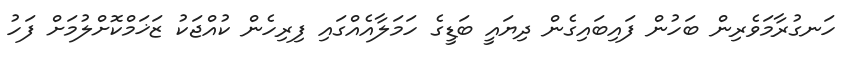
ހަނގުރާމަވެރިން ބަހުން ފައިބައިގެން ދިޔައީ ބަޑީގެ ހަމަލާއެއްގައި ފިރިހެން ކުއްޖަކު ޒަޚަމްކޮށްލުމަށް ފަހު